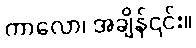
ကာလော၊ အချိန်၎င်း။